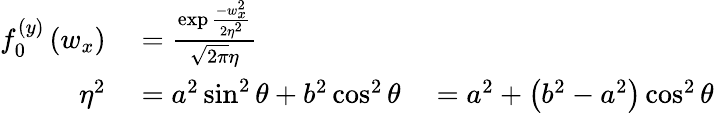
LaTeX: \begin{array}{rl}{f_{0}^{(y)}\left(w_{x}\right)}&{{}=\frac{\exp\frac{-w_{x}^{2}}{2\eta^{2}}}{\sqrt{2\pi}\eta}}\\ {\eta^{2}}&{{}=a^{2}\sin^{2}\theta+b^{2}\cos^{2}\theta\quad=a^{2}+\left(b^{2}-a^{2}\right)\cos^{2}\theta}\end{array}